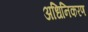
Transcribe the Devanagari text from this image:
अधिनिकरण